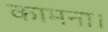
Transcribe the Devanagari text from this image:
कामना।